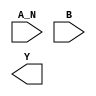
module sky130_fd_sc_ms__nand2b (
    //# {{data|Data Signals}}
    input  A_N,
    input  B  ,
    output Y
);

    // Voltage supply signals
    supply1 VPWR;
    supply0 VGND;
    supply1 VPB ;
    supply0 VNB ;

endmodule